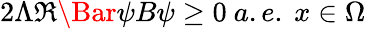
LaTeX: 2\Lambda\Re\Bar{\psi}B\psi\ge 0\ a.e.\ x\in\Omega